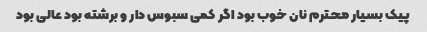
پیک بسیار محترم نان خوب بود اگر کمی سبوس دار و برشته بود عالی بود